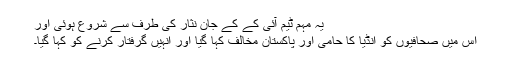
یہ مہم ٹیم آئی کے کے جان نثار کی طرف سے شروع ہوئی اور
اس میں صحافیوں کو انڈیا کا حامی اور پاکستان مخالف کہا گیا اور انہیں گرفتار کرنے کو کہا گیا۔